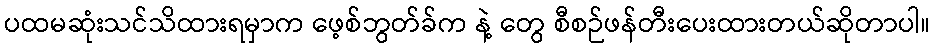
ပထမဆုံးသင်သိထားရမှာက ဖေ့စ်ဘွတ်ခ်က နဲ့ တွေ စီစဉ်ဖန်တီးပေးထားတယ်ဆိုတာပါ။